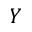
Y